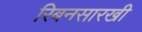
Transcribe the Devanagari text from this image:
रिबनसारखी